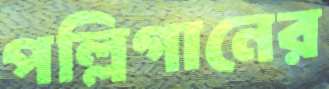
পল্লিগানের